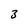
Character: 3